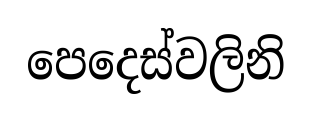
පෙදෙස්වලිනි